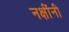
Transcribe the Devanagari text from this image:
नक्षींनी